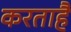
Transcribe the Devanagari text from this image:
करताहै